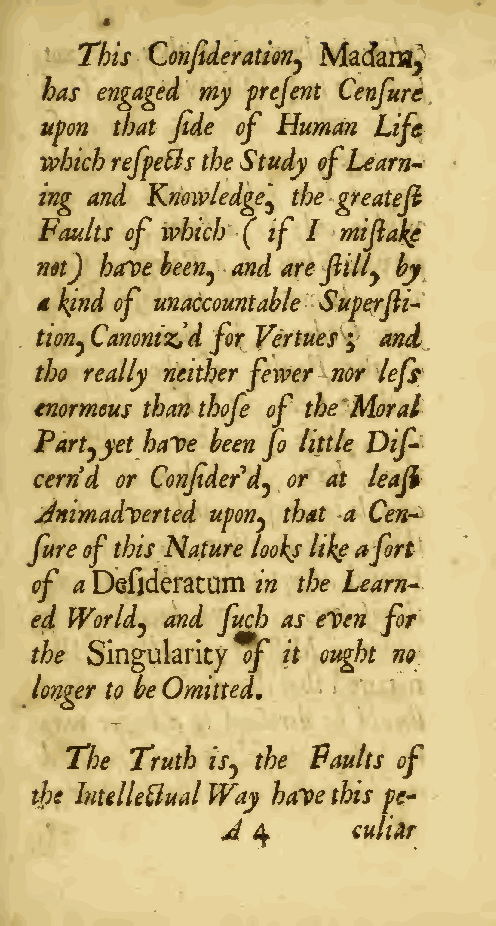
This Confideration^ Madanjj
 has engaged my prejent Cenfure
 upon that fide of Human Life
 which refpeBs the Study ofLearn-
 ing and Knowledge^ the greateji
 Faults of which ( if I mijlafe
 mt)  haroe been^ and arefilly by
 * k}nd of unaccountable Superfli-
 tion^ CanomzJd for Vertues ; and
 tho really neittoer fewer nor lefs
 tnormous than thofe of the Moral
 Part^yet haDe been Jo little Dif-
 cern d or Confiderd^ or at leafk
 Animadverted upon^ that a Cen-
 fureof this Nature looks life afort
 of a Defideratum in the Learn-
 ed World] and fuch as eDen for
 m
 the Singularity of it ought
 longer to be Omitted,
 The  Truth is the Faults of
 y
 the Inulle&ual Way have this pe-
 J
 4     culrir